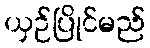
ယှဉ်ပြိုင်မည်